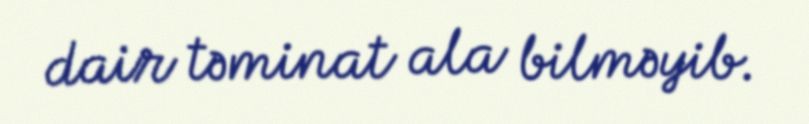
dair təminat ala bilməyib.